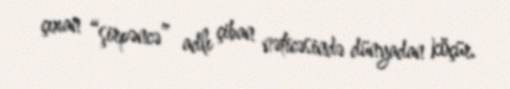
çıxan “şirpəncə” adlı çiban nəticəsində dünyadan köçür.